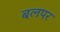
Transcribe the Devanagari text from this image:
बलपर